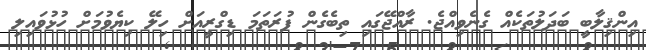
އިންޤިލާބީ ބަދަލުތަކެއް ގެނެވިއްޖެ. ރާއްޖޭގައި ތިބެގެން ފުރަތަމަ ޑިގްރީއަށް ހިލޭ ކިޔެވުމަށް ހުޅުވައިލި